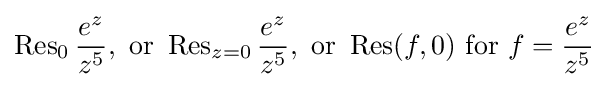
\operatorname {Res} _{0}{e^{z} \over z^{5}},{\text{ or }}\operatorname {Res} _{z=0}{e^{z} \over z^{5}},{\text{ or }}\operatorname {Res} (f,0){\text{ for }}f={e^{z} \over z^{5}}